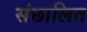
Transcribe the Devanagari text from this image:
संछालित